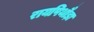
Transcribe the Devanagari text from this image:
रायपिथौड़ा